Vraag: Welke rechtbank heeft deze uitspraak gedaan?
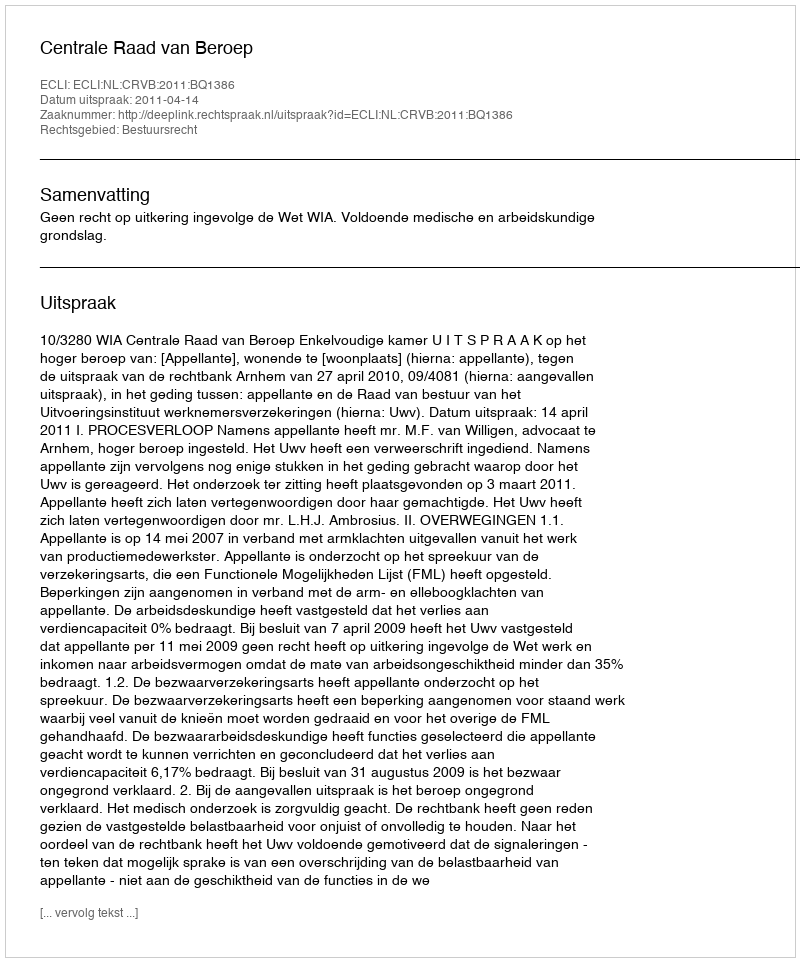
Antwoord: Centrale Raad van Beroep